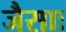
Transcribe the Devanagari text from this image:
जैसाः